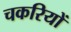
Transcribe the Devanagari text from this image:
चकरियों